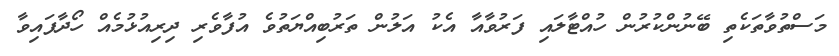
މަސްތުވާތަކެތި ބޭނުންކުރުން ހުއްޓާލައި ފަރުވާއާ އެކު އަލުން ތަރުބިއްޔަތުވެ އުފާވެރި ދިރިއުޅުމެއް ހޯދާފައިވާ